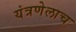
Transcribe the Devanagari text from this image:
यंत्रणेलाच